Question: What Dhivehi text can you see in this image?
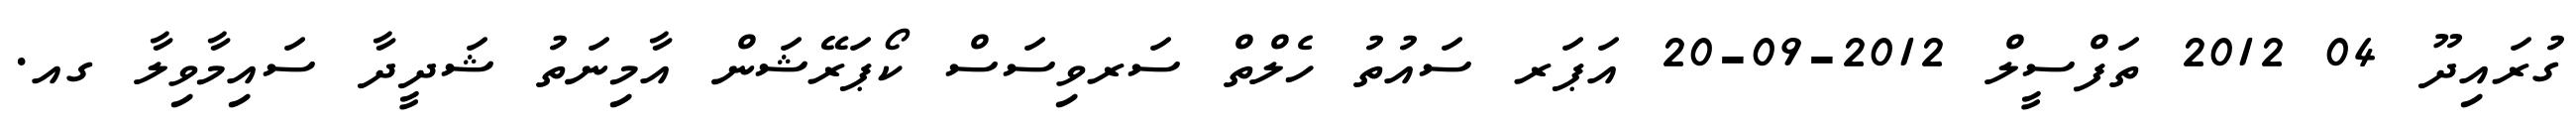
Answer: ގުރައިދޫ 04 2012 ތަފްސީލް 2012-09-20 އަޕަރ ސައުތު ހެލްތް ސަރވިސަސް ކޯޕަރޭޝަން އާމިނަތު ޝަދީދާ ސައިމާވިލާ ގއ.